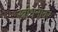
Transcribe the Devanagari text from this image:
स्त्रीधनावर